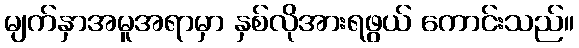
မျက်နှာအမူအရာမှာ နှစ်လိုအားရဖွယ် ကောင်းသည်။